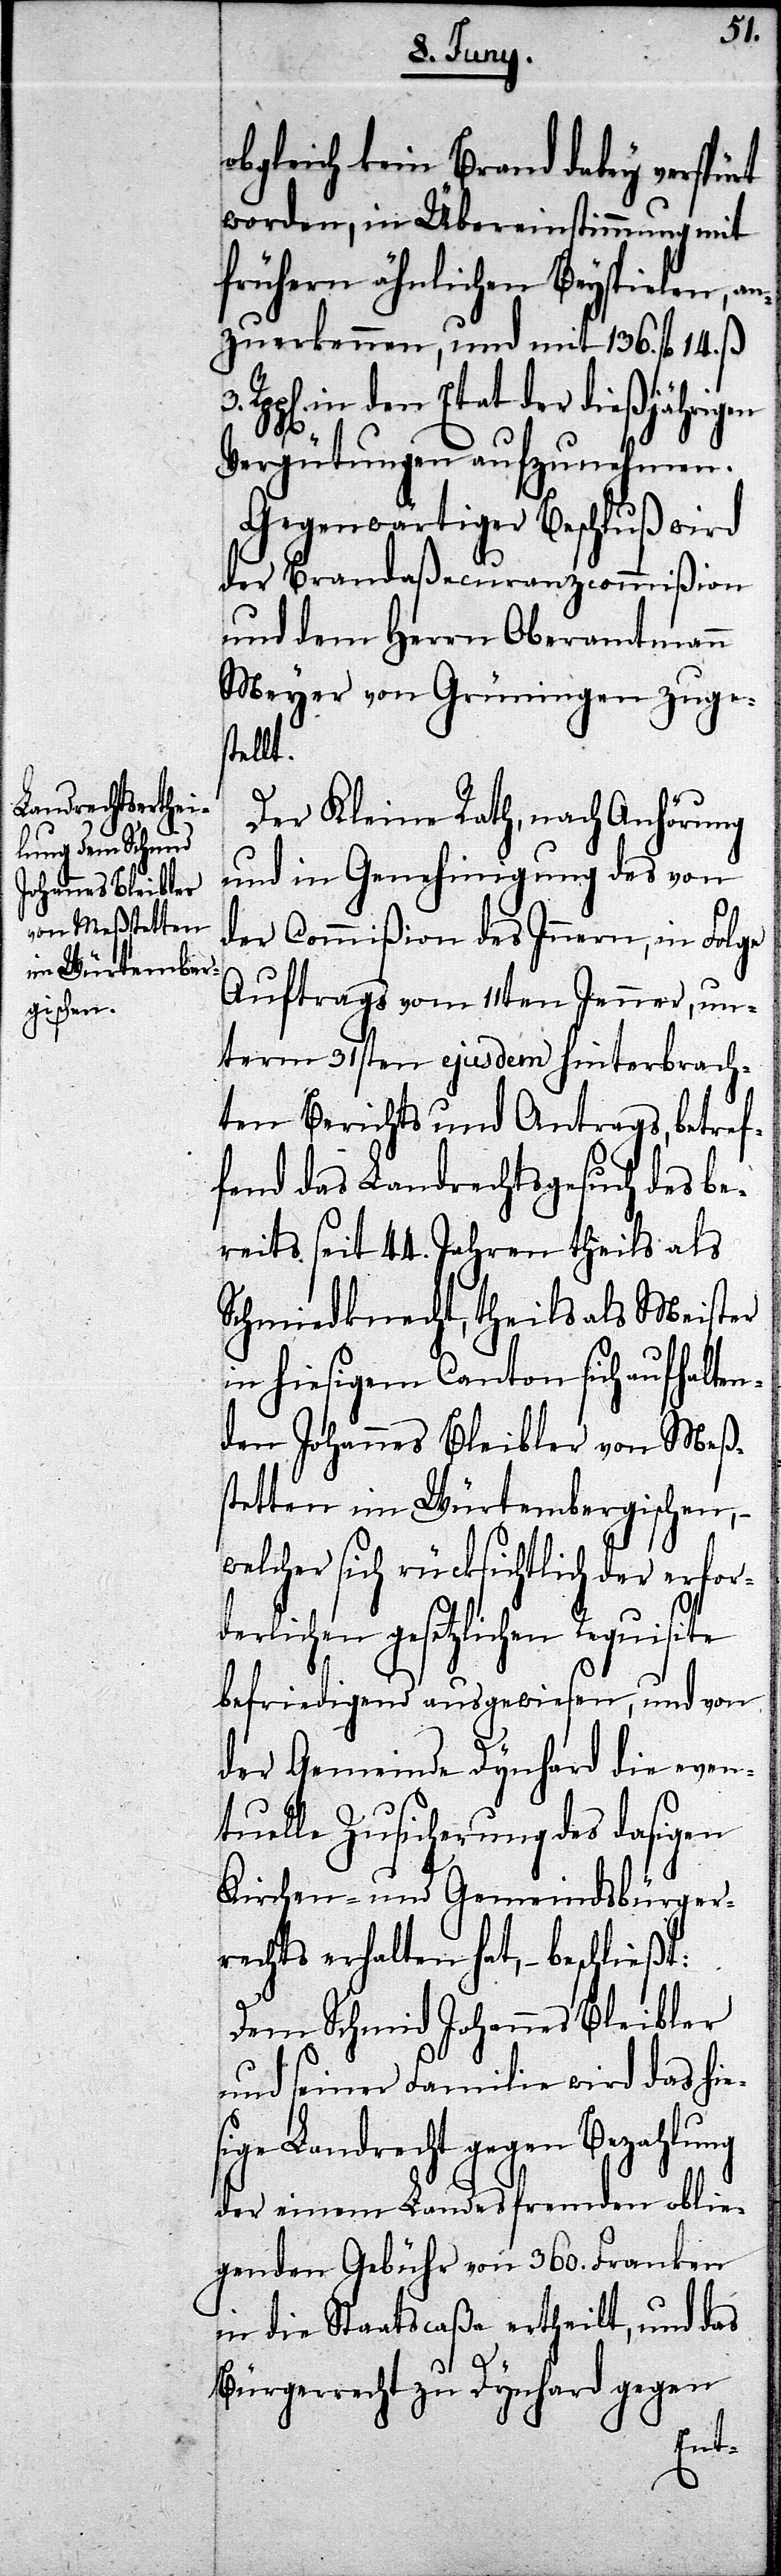
3.
obgleich kein Brand dabey verspürt
worden, in Übereinstimmung mit
frühern ähnlichen Beyspielen, a¬
nzuerkennen, und mit 136. fl. 14. ß.
in den Etat der dießjährigen
Vergütungen aufzunehmen.
Gegenwärtiger Beschluß wird
der Brandaßecuranzcommißion
und dem Herrn Oberamtmann
Meyer von Grüningen zuges¬
tellt.
Der Kleine Rath, nach Anhörung
und in Genehmigung des von
der Commißion des Innern, in Folge
Auftrags vom 11ten Jenner, un¬
term 31sten ejusdem hinterbrach¬
ten Berichts und Antrags, betref¬
fend das Landrechtsgesuch des be¬
reits seit 44. Jahren theils als
Schmiedknecht, theils als Meister
in hiesigem Canton sich aufhalten¬
den Johannes Bleibler von Meß¬
stetten im Würtembergischen,
welcher sich rücksichtlich der erford¬
erlichen gesetzlichen Requi¬
befriedigend ausgewiesen, und von
der Gemeinde Dynhard die even¬
tuelle Zusicherung des dasigen
Kirchen- und Gemeindsbürger¬
rechts erhalten hat, – beschließt:
Dem Schmid Johannes Bleibler
und seiner Familie wird das hie¬
Landrecht gegen Bezahlung
der einem Landesfremden oblie¬
genden Gebühr von 360. Franken
in die Staatscaßa ertheilt, und das
Bürgerrecht zu Dynhard gegen
sige